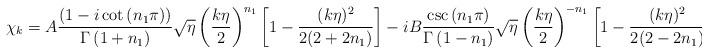
LaTeX: \begin{align*}\chi_k = A\frac{ \left(1-i\cot \left( n_1\pi\right) \right)} {\Gamma\left( 1+n_1\right)}\sqrt{\eta }\left( \frac{k\eta }2\right)^{n_1}\left[1-\frac{(k\eta )^2}{2(2+2n_1)}\right] -i B \frac{ \csc \left( n_1\pi \right)}{\Gamma\left( 1-n_1\right)}\sqrt{\eta }\left( \frac{k\eta }2\right)^{-n_1} \left[ 1-\frac{(k\eta )^2 }{2(2-2n_1)}\right].\end{align*}